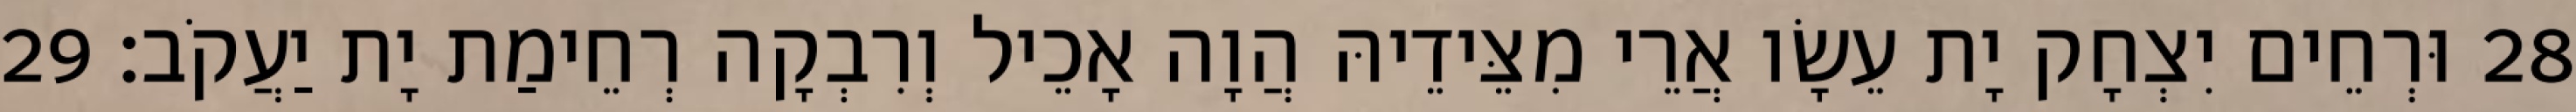
28 וּרְחֵים יִצְחָק יָת עֵשָׂו אֲרֵי מִצֵּידֵיהּ הֲוָה אָכֵיל וְרִבְקָה רְחֵימַת יָת יַעֲקֹב׃ 29